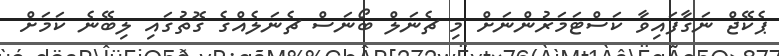
ޕެކޭޖް ނަގާފައިވާ ކަސްޓަމަރުންނަށް މި ޗެނަލް ބޯނަސް ޗެނަލެއްގެ ގޮތުގައި ލިބޭނެ ކަމަށް